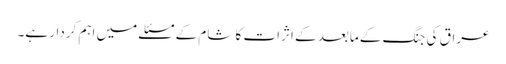
عراق کی جنگ کے مابعد کے اثرات کا شام کے مسئلے میں اہم کردار ہے۔